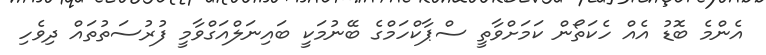
އެންމެ ބޮޑު އެއް ހެކަތޯން ކަމަށްވާތީ ސްޕާކްހަމްގެ ބޭނުމަކީ ބައިނަލްއަގްވާމީ ފުރުސަތުތައް ދިވެހި